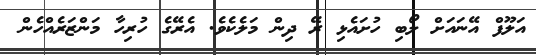
އަލޫފް އޭނައަށް ލޯބި ހުށައެޅި ރޭ ދިން މަލެކެވެ. އެރޭގެ ހުރިހާ މަންޒަރެެއްހެން